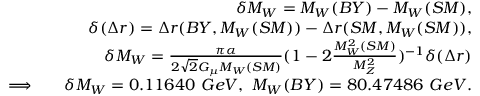
\begin{array} { r l r } & { } & { \delta M _ { W } = M _ { W } ( B Y ) - M _ { W } ( S M ) , } \\ & { } & { \delta ( \Delta r ) = \Delta r ( B Y , M _ { W } ( S M ) ) - \Delta r ( S M , M _ { W } ( S M ) ) , } \\ & { } & { \delta M _ { W } = \frac { \pi \alpha } { 2 \sqrt { 2 } G _ { \mu } M _ { W } ( S M ) } ( 1 - 2 \frac { M _ { W } ^ { 2 } ( S M ) } { M _ { Z } ^ { 2 } } ) ^ { - 1 } \delta ( \Delta r ) } \\ { \Longrightarrow } & { } & { \delta M _ { W } = 0 . 1 1 6 4 0 \ G e V , \ M _ { W } ( B Y ) = 8 0 . 4 7 4 8 6 \ G e V . } \end{array}